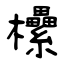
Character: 欙